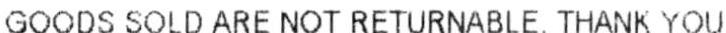
GOODS SOLD ARE NOT RETURNABLE,THANK YOU